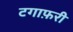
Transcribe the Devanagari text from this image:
टगाफ़री